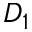
D _ { 1 }